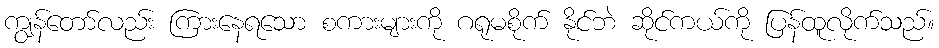
ကျွန်တော်လည်း ကြားနေရသော စကားများကို ဂရုမစိုက် နိုင်ဘဲ ဆိုင်ကယ်ကို ပြန်ထူလိုက်သည်။